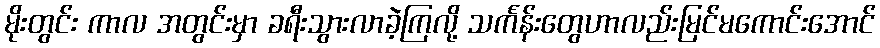
မိုးတွင်း ကာလ အတွင်းမှာ ခရီးသွားလာခဲ့ကြလို့ သင်္ကန်းတွေဟာလည်းမြင်မကောင်းအောင်